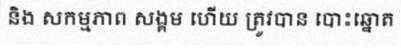
និង សកម្មភាព សង្គម ហើយ ត្រូវបាន បោះឆ្នោត